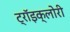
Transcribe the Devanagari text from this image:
ट्रॉइक्लोरी